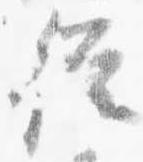
従